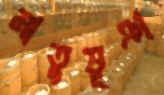
মাতুভূঞা